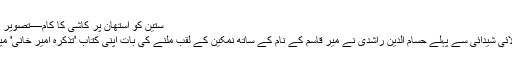
ستین کو آستھان پر کاشی کا کام—تصویر ابراہیم کنبھر
رحیم داد مولائی شیدائی سے پہلے حسام الدین راشدی نے میر قاسم کے نام کے ساتھ نمکین کے لقب ملنے کی بات اپنی کتاب 'تذکرہ امیر خانی' میں لکھی ہے۔